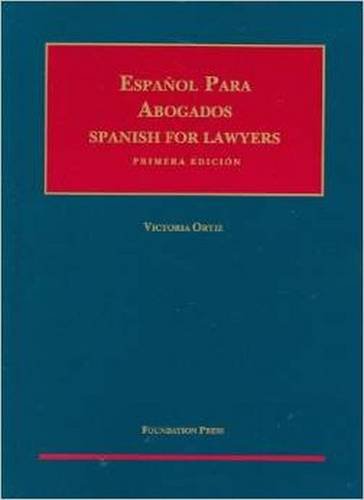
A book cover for Espanol para Abogados (Spanish for Lawyers) (University Casebook Series); Victoria Ortiz; Law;